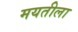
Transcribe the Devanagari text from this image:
मयतीला